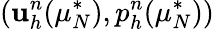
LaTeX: (\textbf{u}_{h}^{n}(\mu_{N}^{*}),p_{h}^{n}(\mu_{N}^{*}))